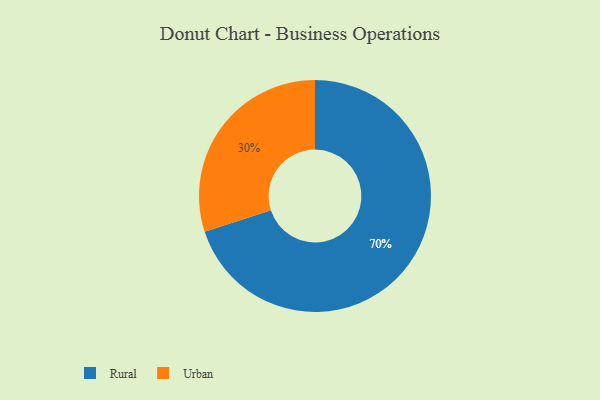
{"axis": {"x": "Category", "y": "Percentage"}, "legend": ["Rural", "Urban"], "data": [{"x": "Rural", "y": 70, "type": "Rural"}, {"x": "Urban", "y": 30, "type": "Urban"}]}